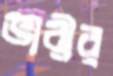
ভারীর